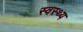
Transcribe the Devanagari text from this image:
स्‍वस्‍थ्‍य